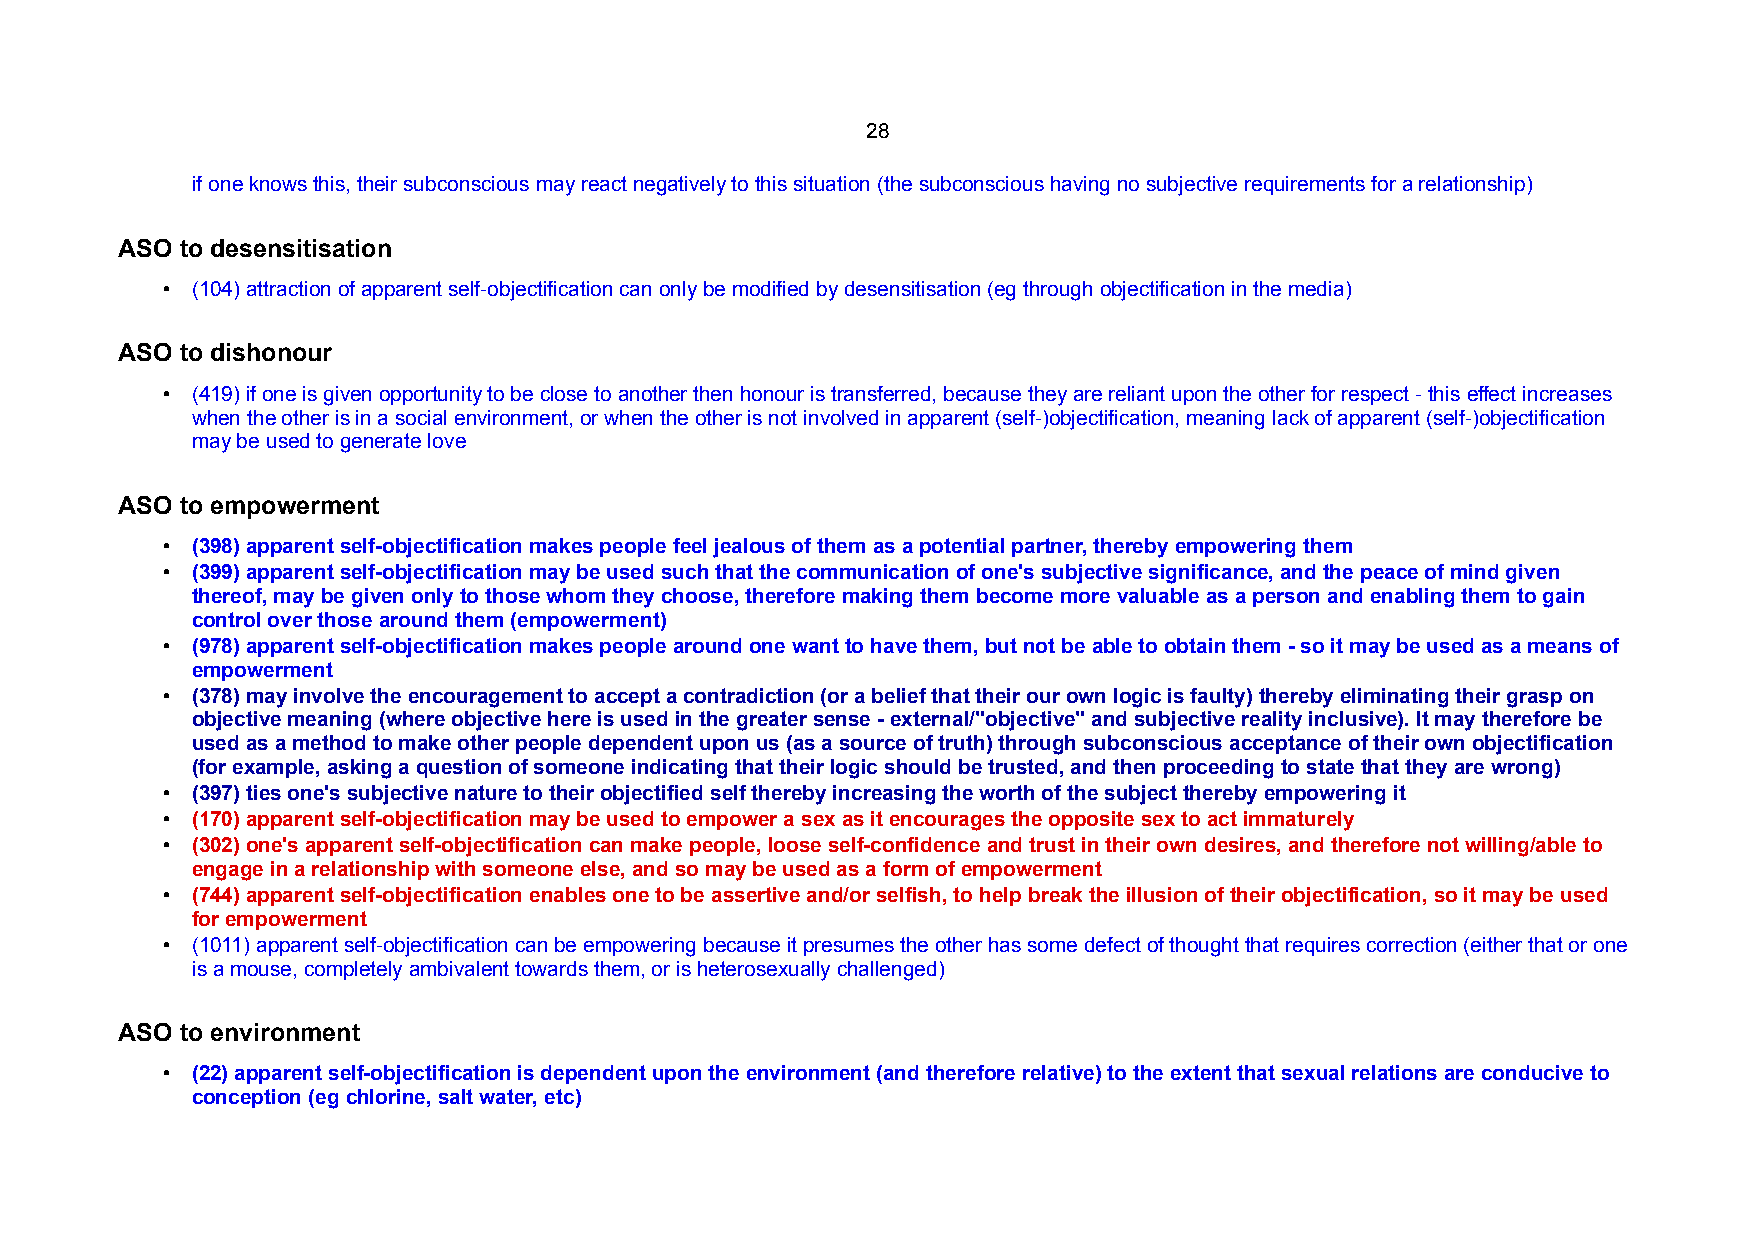
28
 if one knows this, their subconscious may react negatively to this situation (the subconscious having no subjective requirements for a relationship)
 ASO to desensitisation
 • (104) attraction of apparent self-objectification can only be modified by desensitisation (eg through objectification in the media)
 ASO to dishonour
 • (419) if one is given opportunity to be close to another then honour is transferred, because they are reliant upon the other for respect - this effect increases
 when the other is in a social environment, or when the other is not involved in apparent (self-)objectification, meaning lack of apparent (self-)objectification
 may be used to generate love
 ASO to empowerment
 • (398) apparent self-objectification makes people feel jealous of them as a potential partner, thereby empowering them
 • (399) apparent self-objectification may be used such that the communication of one's subjective significance, and the peace of mind given
 thereof, may be given only to those whom they choose, therefore making them become more valuable as a person and enabling them to gain
 control over those around them (empowerment)
 • (978) apparent self-objectification makes people around one want to have them, but not be able to obtain them - so it may be used as a means of
 empowerment
 • (378) may involve the encouragement to accept a contradiction (or a belief that their our own logic is faulty) thereby eliminating their grasp on
 objective meaning (where objective here is used in the greater sense - external/"objective" and subjective reality inclusive). It may therefore be
 used as a method to make other people dependent upon us (as a source of truth) through subconscious acceptance of their own objectification
 (for example, asking a question of someone indicating that their logic should be trusted, and then proceeding to state that they are wrong)
 • (397) ties one's subjective nature to their objectified self thereby increasing the worth of the subject thereby empowering it
 • (170) apparent self-objectification may be used to empower a sex as it encourages the opposite sex to act immaturely
 • (302) one's apparent self-objectification can make people, loose self-confidence and trust in their own desires, and therefore not willing/able to
 engage in a relationship with someone else, and so may be used as a form of empowerment
 • (744) apparent self-objectification enables one to be assertive and/or selfish, to help break the illusion of their objectification, so it may be used
 for empowerment
 • (1011) apparent self-objectification can be empowering because it presumes the other has some defect of thought that requires correction (either that or one
 is a mouse, completely ambivalent towards them, or is heterosexually challenged)
 ASO to environment
 • (22) apparent self-objectification is dependent upon the environment (and therefore relative) to the extent that sexual relations are conducive to
 conception (eg chlorine, salt water, etc)